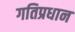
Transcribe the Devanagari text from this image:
गतिप्रधान